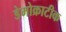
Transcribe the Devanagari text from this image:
डेमोक्राटीक